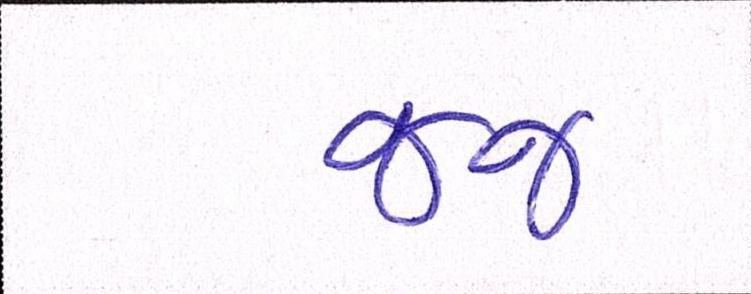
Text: જજ